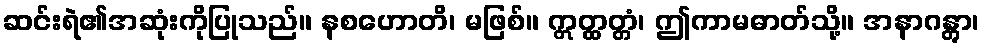
ဆင်းရဲ၏အဆုံးကိုပြုသည်။ နစဟောတိ၊ မဖြစ်။ ဣတ္ထတ္တံ၊ ဤကာမဓာတ်သို့။ အနာဂန္တွာ၊